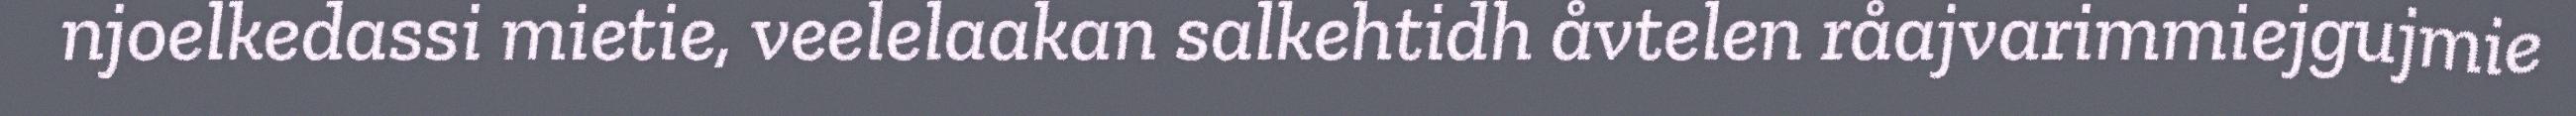
njoelkedassi mietie, veelelaakan salkehtidh åvtelen råajvarimmiejgujmie